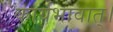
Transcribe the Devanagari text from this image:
कार्यभावात्।